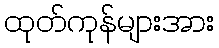
ထုတ်ကုန်များအား